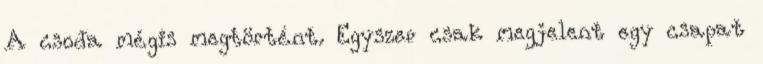
A csoda mégis megtörtént. Egyszer csak megjelent egy csapat